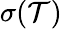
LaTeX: \sigma(\mathcal{T})